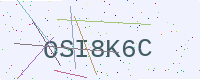
Text: OSI8K6C